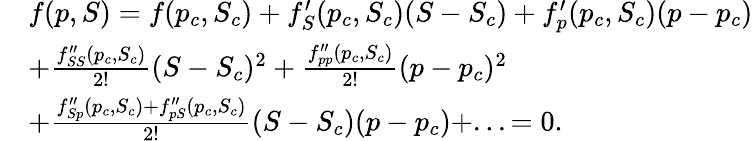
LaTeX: \begin{array}{rl}&{f(p,S)=f(p_{c},S_{c})+f_{S}^{\prime}(p_{c},S_{c})(S-S_{c})+f_{p}^{\prime}(p_{c},S_{c})(p-p_{c})}\\ &{+\frac{f_{SS}^{\prime\prime}(p_{c},S_{c})}{2!}(S-S_{c})^{2}+\frac{f_{pp}^{\prime\prime}(p_{c},S_{c})}{2!}(p-p_{c})^{2}}\\ &{+\frac{f_{Sp}^{\prime\prime}(p_{c},S_{c})+f_{pS}^{\prime\prime}(p_{c},S_{c})}{2!}(S-S_{c})(p-p_{c})+...=0.}\end{array}